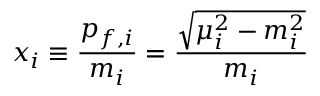
x _ { i } \equiv \frac { p _ { f , i } } { m _ { i } } = \frac { \sqrt { \mu _ { i } ^ { 2 } - m _ { i } ^ { 2 } } } { m _ { i } }